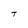
Character: T